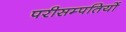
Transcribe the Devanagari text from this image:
परीसम्पतियों